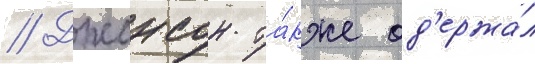
// Джонсон та́кже од'ержа́л